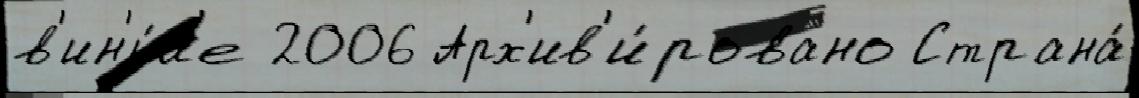
в'ин'и́л'е 2006 Арх'ив'и́ровано Страна́